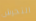
التحرش